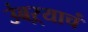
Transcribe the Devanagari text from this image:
उंबऱ्याचं